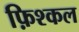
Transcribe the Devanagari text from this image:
फ़िश्कल